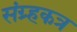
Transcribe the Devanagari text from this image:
संग्र्हकत्र